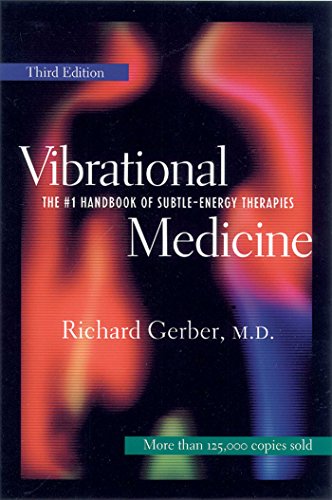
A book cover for Vibrational Medicine: The #1 Handbook of Subtle-Energy Therapies; Richard Gerber; Health, Fitness & Dieting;